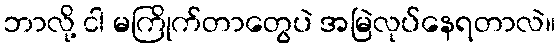
ဘာလို့ ငါ မကြိုက်တာတွေပဲ အမြဲလုပ်နေရတာလဲ။